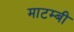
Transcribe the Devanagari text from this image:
माटम्बी